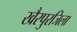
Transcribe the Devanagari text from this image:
खैरपुरजिला